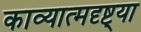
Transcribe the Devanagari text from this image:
काव्यात्मदृष्ट्या